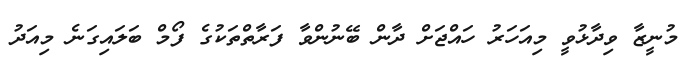
މުނީޒާ ވިދާޅުވީ މިއަހަރު ހައްޖަށް ދާން ބޭނުންވާ ފަރާތްތަކުގެ ފޯމް ބަލައިގަނެ މިއަދު